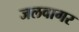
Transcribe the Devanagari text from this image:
जलवागर